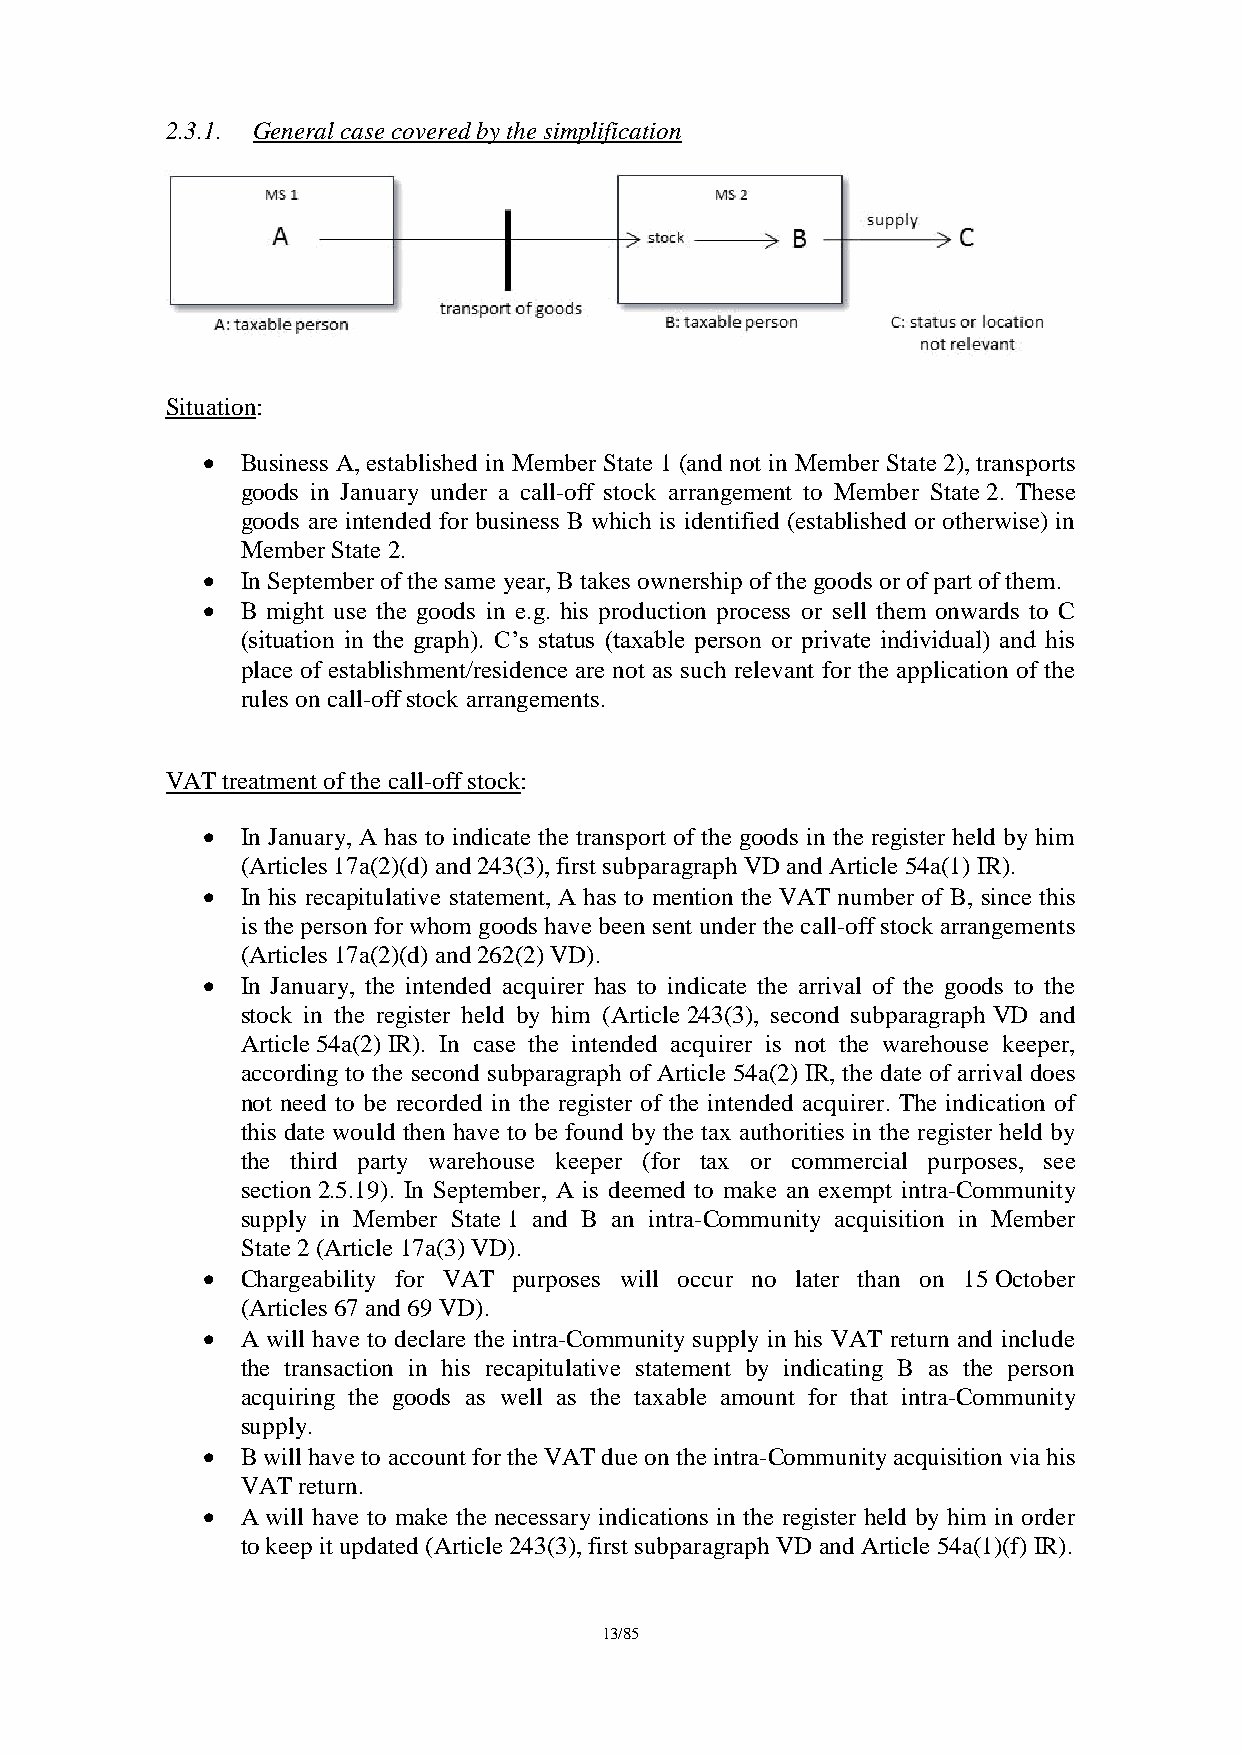
2.3.1. General case covered by the simplification
 Situation:
   Business A, established in Member State 1 (and not in Member State 2), transports
 goods in January under a call-off stock arrangement to Member State 2. These
 goods are intended for business B which is identified (established or otherwise) in
 Member State 2.
   In September of the same year, B takes ownership of the goods or of part of them.
   B might use the goods in e.g. his production process or sell them onwards to C
 (situation in the graph). C’s status (taxable person or private individual) and his
 place of establishment/residence are not as such relevant for the application of the
 rules on call-off stock arrangements.
 VAT treatment of the call-off stock:
   In January, A has to indicate the transport of the goods in the register held by him
 (Articles 17a(2)(d) and 243(3), first subparagraph VD and Article 54a(1) IR).
   In his recapitulative statement, A has to mention the VAT number of B, since this
 is the person for whom goods have been sent under the call-off stock arrangements
 (Articles 17a(2)(d) and 262(2) VD).
   In January, the intended acquirer has to indicate the arrival of the goods to the
 stock in the register held by him (Article 243(3), second subparagraph VD and
 Article 54a(2) IR). In case the intended acquirer is not the warehouse keeper,
 according to the second subparagraph of Article 54a(2) IR, the date of arrival does
 not need to be recorded in the register of the intended acquirer. The indication of
 this date would then have to be found by the tax authorities in the register held by
 the third party warehouse keeper (for tax or commercial purposes, see
 section 2.5.19). In September, A is deemed to make an exempt intra-Community
 supply in Member State 1 and B an intra-Community acquisition in Member
 State 2 (Article 17a(3) VD).
   Chargeability for VAT purposes will occur no later than on 15 October
 (Articles 67 and 69 VD).
   A will have to declare the intra-Community supply in his VAT return and include
 the transaction in his recapitulative statement by indicating B as the person
 acquiring the goods as well as the taxable amount for that intra-Community
 supply.
   B will have to account for the VAT due on the intra-Community acquisition via his
 VAT return.
   A will have to make the necessary indications in the register held by him in order
 to keep it updated (Article 243(3), first subparagraph VD and Article 54a(1)(f) IR).
 13/85